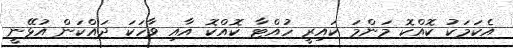
އެކަމަކު ކޮއްކޮ މަންމަ ކައިރީ ހުއްޓާ ކޮއްކޮ އާއި ވާހަކަ ދައްކަން އުޅޭނީ